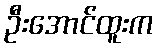
ဦးအောင်ထူးက